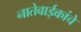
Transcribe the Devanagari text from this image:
नातेवाईकांचे